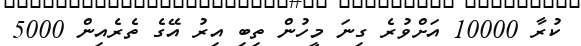
ކުރާ 10000 އަށްވުރެ ގިނަ މީހުން ތިބި އިރު އޭގެ ތެރެއިން 5000